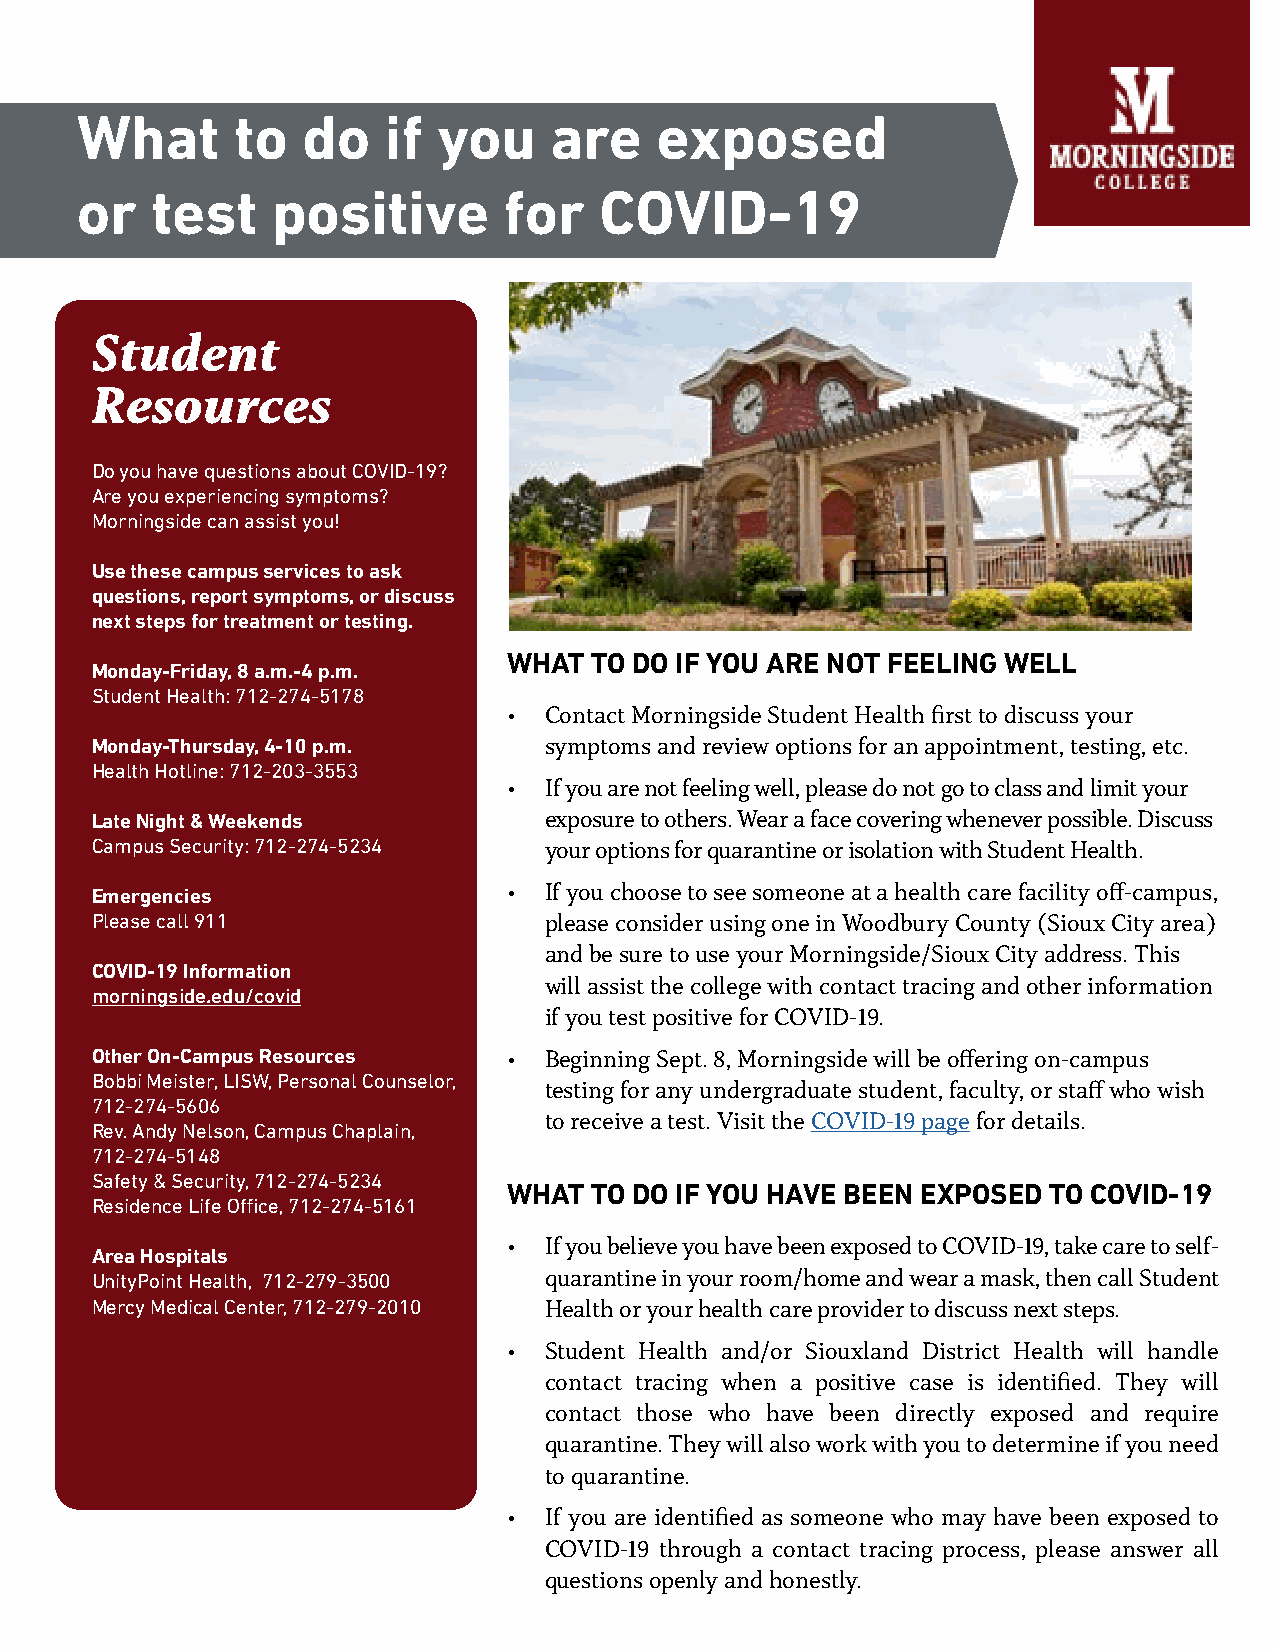
What      to   do   if  you    are    exposed
 or   test    positive       for    COVID-19
 ABOUT     US
 Student
 Resources
 Do you have questions about COVID-19?
 Are you experiencing symptoms?
 Morningside can assist you!
 Use these campus services to ask
 questions, report symptoms, or discuss
 next steps for treatment or testing.
 WHAT TO DO IF YOU ARE NOT FEELING WELL
 Monday-Friday, 8 a.m.-4 p.m.
 Student Health: 712-274-5178
 • Contact Morningside Student Health first to discuss your
 Monday-Thursday, 4-10 p.m.    symptoms and review options for an appointment, testing, etc.
 Health Hotline: 712-203-3553
 • If you are not feeling well, please do not go to class and limit your
 Late Night & Weekends         exposure to others. Wear a face covering whenever possible. Discuss
 Campus Security: 712-274-5234 your options for quarantine or isolation with Student Health.
 Emergencies                 • If you choose to see someone at a health care facility off-campus,
 Please call 911               please consider using one in Woodbury County (Sioux City area)
 and be sure to use your Morningside/Sioux City address. This
 COVID-19 Information
 will assist the college with contact tracing and other information
 morningside.edu/covid
 if you test positive for COVID-19.
 Other On-Campus Resources   • Beginning Sept. 8, Morningside will be offering on-campus
 Bobbi Meister, LISW, Personal Counselor,
 testing for any undergraduate student, faculty, or staff who wish
 712-274-5606
 to receive a test. Visit the COVID-19 page for details.
 Rev. Andy Nelson, Campus Chaplain,
 712-274-5148
 Safety & Security, 712-274-5234
 WHAT TO DO IF YOU HAVE BEEN EXPOSED TO COVID-19
 Residence Life Office, 712-274-5161
 • If you believe you have been exposed to COVID-19, take care to self-
 Area Hospitals
 UnityPoint Health, 712-279-3500 quarantine in your room/home and wear a mask, then call Student
 Mercy Medical Center, 712-279-2010 Health or your health care provider to discuss next steps.
 • Student Health and/or Siouxland District Health will handle
 contact tracing when a positive case is identified. They will
 contact those who have been directly exposed and require
 quarantine. They will also work with you to determine if you need
 to quarantine.
 • If you are identified as someone who may have been exposed to
 COVID-19 through a contact tracing process, please answer all
 questions openly and honestly.